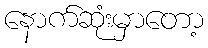
နောက်ဆုံးမှာတော့